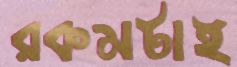
রকমটাই